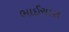
ભાઈચારા